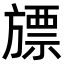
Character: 𣄔